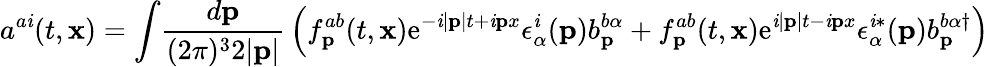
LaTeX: a^{a\mathit{i}}(t,{\mathbf{x}})=\int\! {\frac{{d{\mathbf{p}}}}{{(2\pi)^{3}2|{\mathbf{p}}|}}}\left(f_{\mathbf{p}}^{ab}(t,{\mathbf{x}})\mathrm{{e}}^{-\mathit{i}|{\mathbf{p}}|t+\mathit{i}{\mathbf{p}x}}\epsilon_{\alpha}^{\mathit{i}}({\mathbf{p}})b_{\mathbf{p}}^{b\alpha}+f_{\mathbf{p}}^{ab}(t,{\mathbf{x}})\mathrm{{e}}^{\mathit{i}|{\mathbf{p}}|t-\mathit{i}{\mathbf{p}x}}\epsilon_{\alpha}^{\mathit{i}*}({\mathbf{p}})b_{\mathbf{p}}^{b\alpha\dagger}\right)